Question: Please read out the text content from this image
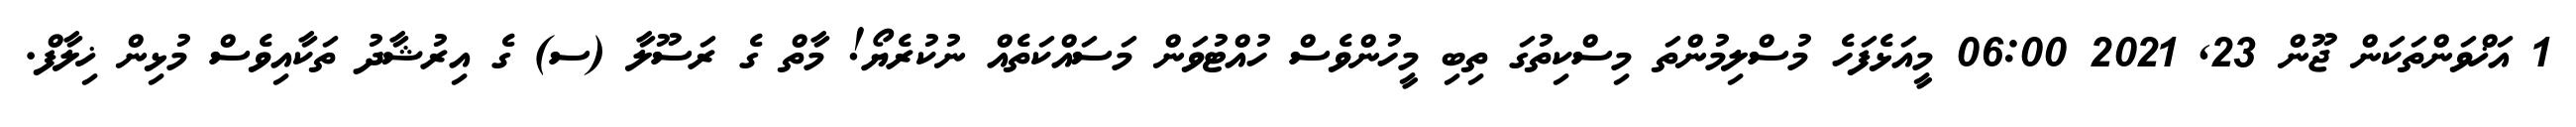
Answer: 1 އަޚްވަންތަކަން ޖޫން 23, 2021 06:00 މީއަޅެފަހެ މުސްލިމުންތަ މިސްކިތުގަ ތިބި މީހުންވެސް ހުއްޓުވަން މަސައްކަތެއް ނުކުރެޔޯ! މާތް ގެ ރަސޫލާ (ސ) ގެ އިރުޝާދު ތަކާއިވެސް މުޅިން ޚިލާފް.